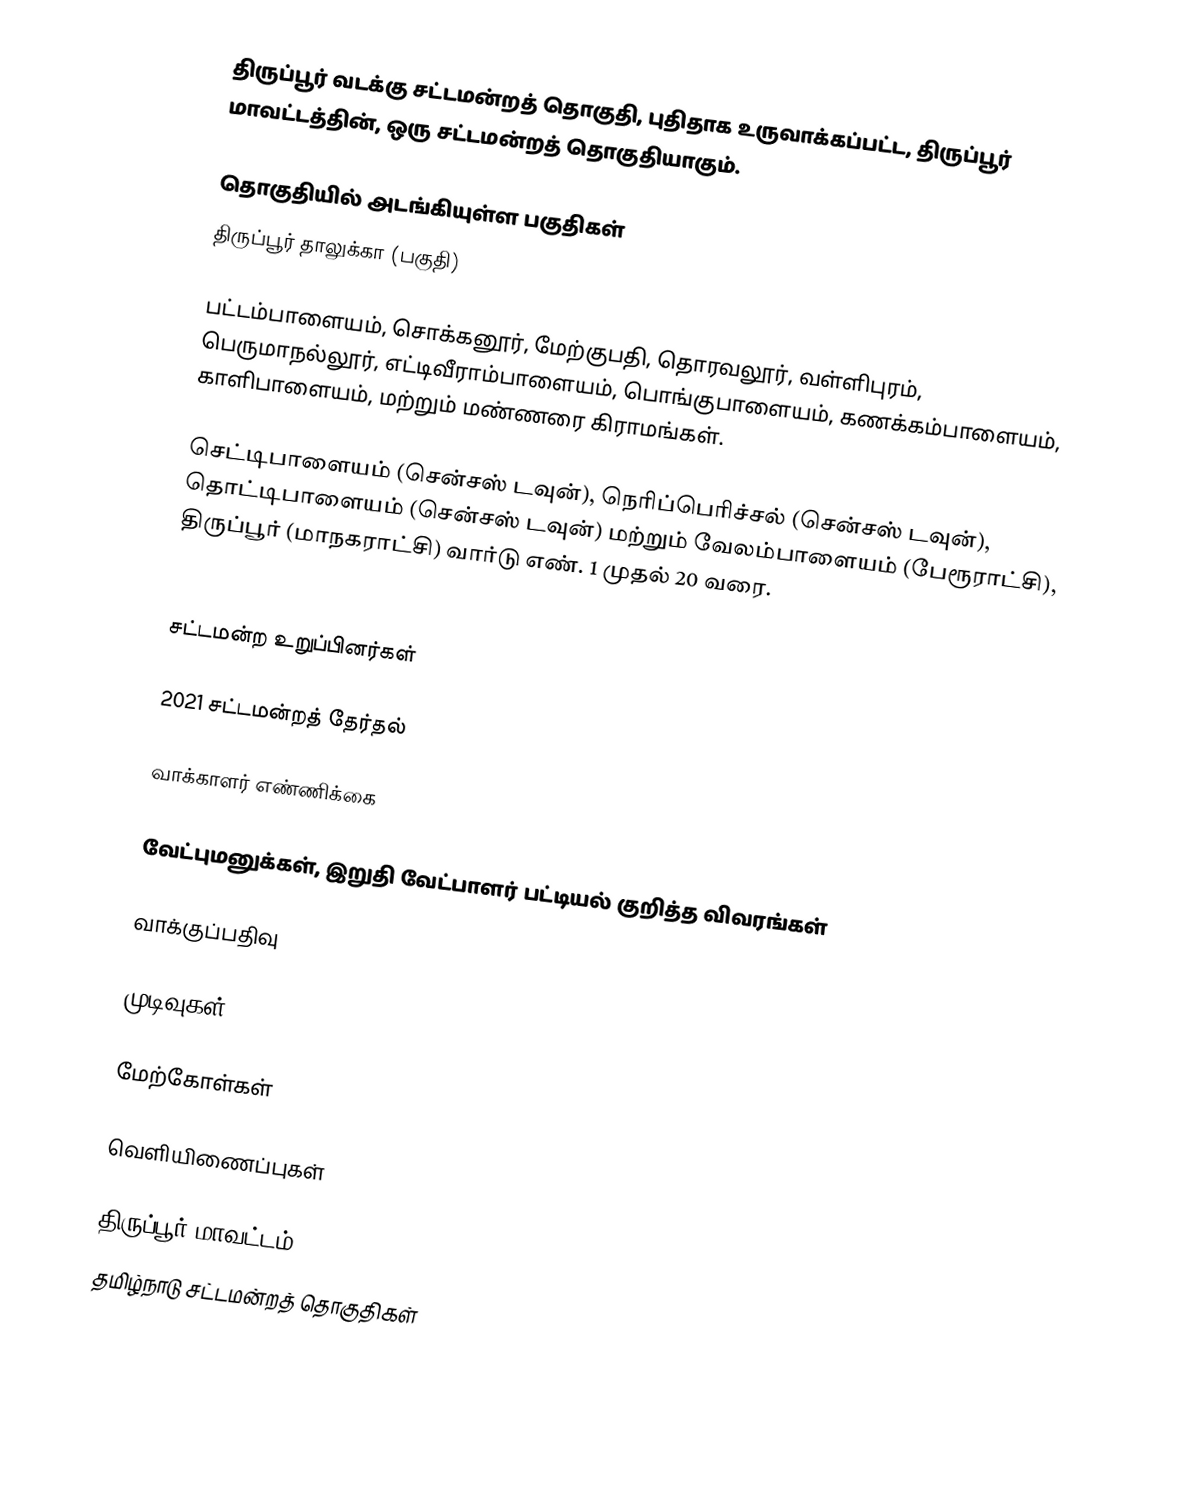
திருப்பூர் வடக்கு சட்டமன்றத் தொகுதி,  புதிதாக உருவாக்கப்பட்ட, திருப்பூர் மாவட்டத்தின், ஒரு சட்டமன்றத் தொகுதியாகும்.

தொகுதியில் அடங்கியுள்ள பகுதிகள்
திருப்பூர் தாலுக்கா (பகுதி)

பட்டம்பாளையம், சொக்கனூர், மேற்குபதி, தொரவலூர், வள்ளிபுரம், பெருமாநல்லூர், எட்டிவீராம்பாளையம், பொங்குபாளையம், கணக்கம்பாளையம், காளிபாளையம், மற்றும் மண்ணரை கிராமங்கள்.

செட்டிபாளையம் (சென்சஸ் டவுன்), நெரிப்பெரிச்சல் (சென்சஸ் டவுன்), தொட்டிபாளையம் (சென்சஸ் டவுன்) மற்றும் வேலம்பாளையம் (பேரூராட்சி), திருப்பூர் (மாநகராட்சி) வார்டு எண். 1 முதல் 20 வரை.
.

சட்டமன்ற உறுப்பினர்கள்

2021 சட்டமன்றத் தேர்தல்

வாக்காளர் எண்ணிக்கை

வேட்புமனுக்கள், இறுதி வேட்பாளர் பட்டியல் குறித்த விவரங்கள்

வாக்குப்பதிவு

முடிவுகள்

மேற்கோள்கள்

வெளியிணைப்புகள்

திருப்பூர் மாவட்டம்
தமிழ்நாடு சட்டமன்றத் தொகுதிகள்